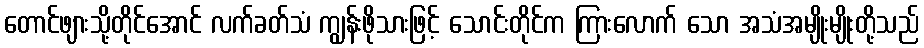
တောင်ဖျားသို့တိုင်အောင် လက်ခတ်သံ ကျွန်းဖိုသားဖြင့် သောင်းတိုင်က ကြားလောက် သော အသံအမျိုးမျိုးတို့သည်